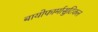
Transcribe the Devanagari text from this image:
बायोफार्मासुटिकल